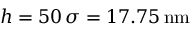
h = 5 0 \, \sigma = 1 7 . 7 5 \, \mathrm { n m }